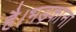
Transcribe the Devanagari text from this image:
है।भड़काना